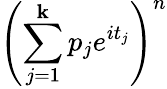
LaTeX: \left(\sum_{j=1}^{\mathbf{k}}p_{j}e^{it_{j}}\right)^{n}